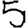
Digit: 5